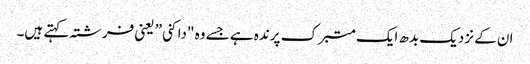
ان کے نزدیک بدھ ایک متبرک پرندہ ہے جسے وہ "داکنی” یعنی فرشتہ کہتے ہیں۔